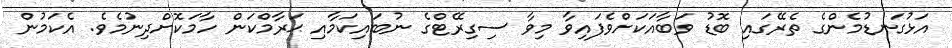
އަޅުގަނޑުމެންގެ ތެރޭގައި ބޮޑު ވަބާއަކަށްވެފައިވާ މިވާ ސިގިރޭޓްގެ ނުބައިކަމާއި ޙަރާމްކަން ހާމަކޮށްދިނުމެވެ. އެކަމުން